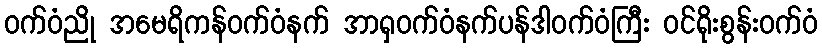
ဝက်ဝံညို အမေရိကန်ဝက်ဝံနက် အာရှဝက်ဝံနက်ပန်ဒါဝက်ဝံကြီး ဝင်ရိုးစွန်းဝက်ဝံ